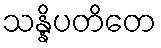
သန္နိပတိတေ